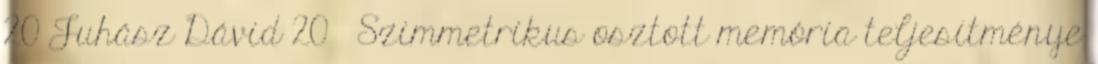
20 Juhász Dávid 20 Szimmetrikus osztott memória teljesítménye